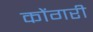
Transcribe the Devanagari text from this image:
कोंगरी